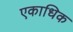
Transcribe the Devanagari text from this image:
एकाधिक